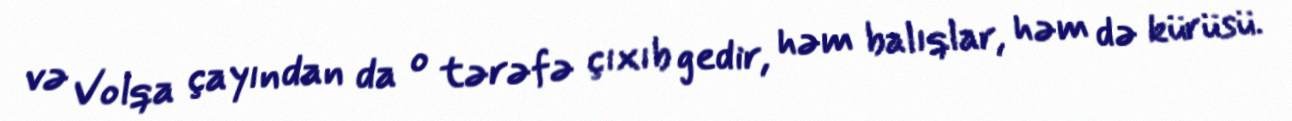
və Volqa çayından da o tərəfə çıxıb gedir, həm balıqlar, həm də kürüsü.